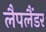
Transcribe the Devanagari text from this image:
लैपलैंडर